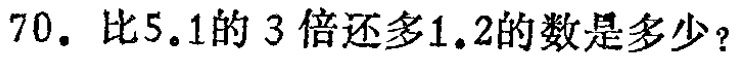
70. 比5.1的 3 倍还多1.2的数是多少？